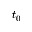
t _ { 0 }